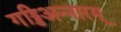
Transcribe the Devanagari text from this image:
गड्डिअन्नारम्